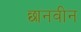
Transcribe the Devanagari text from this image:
छानवीन